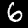
Digit: 6